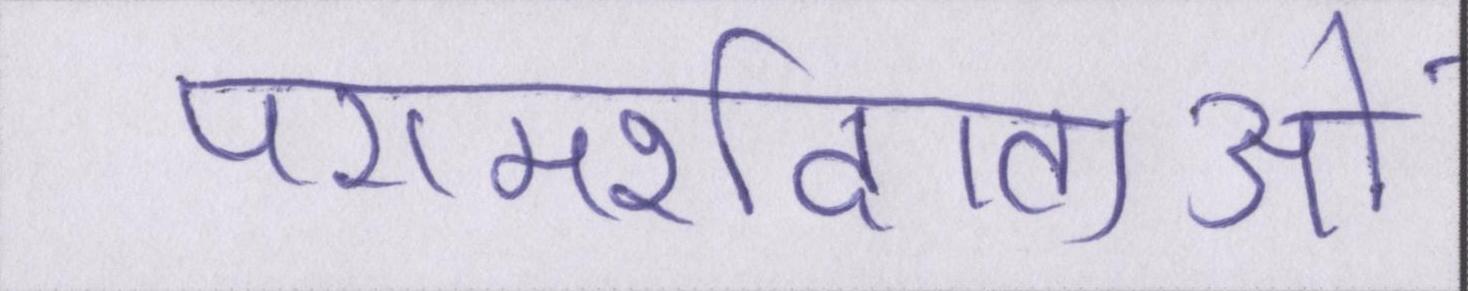
परामर्शदाताओं